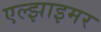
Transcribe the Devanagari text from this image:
एल्झाइमर